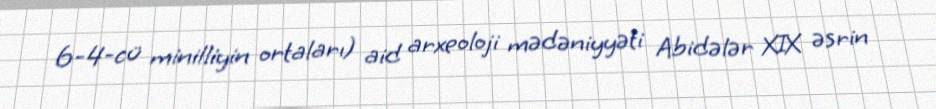
6-4-cü minilliyin ortaları) aid arxeoloji mədəniyyəti Abidələr XIX əsrin